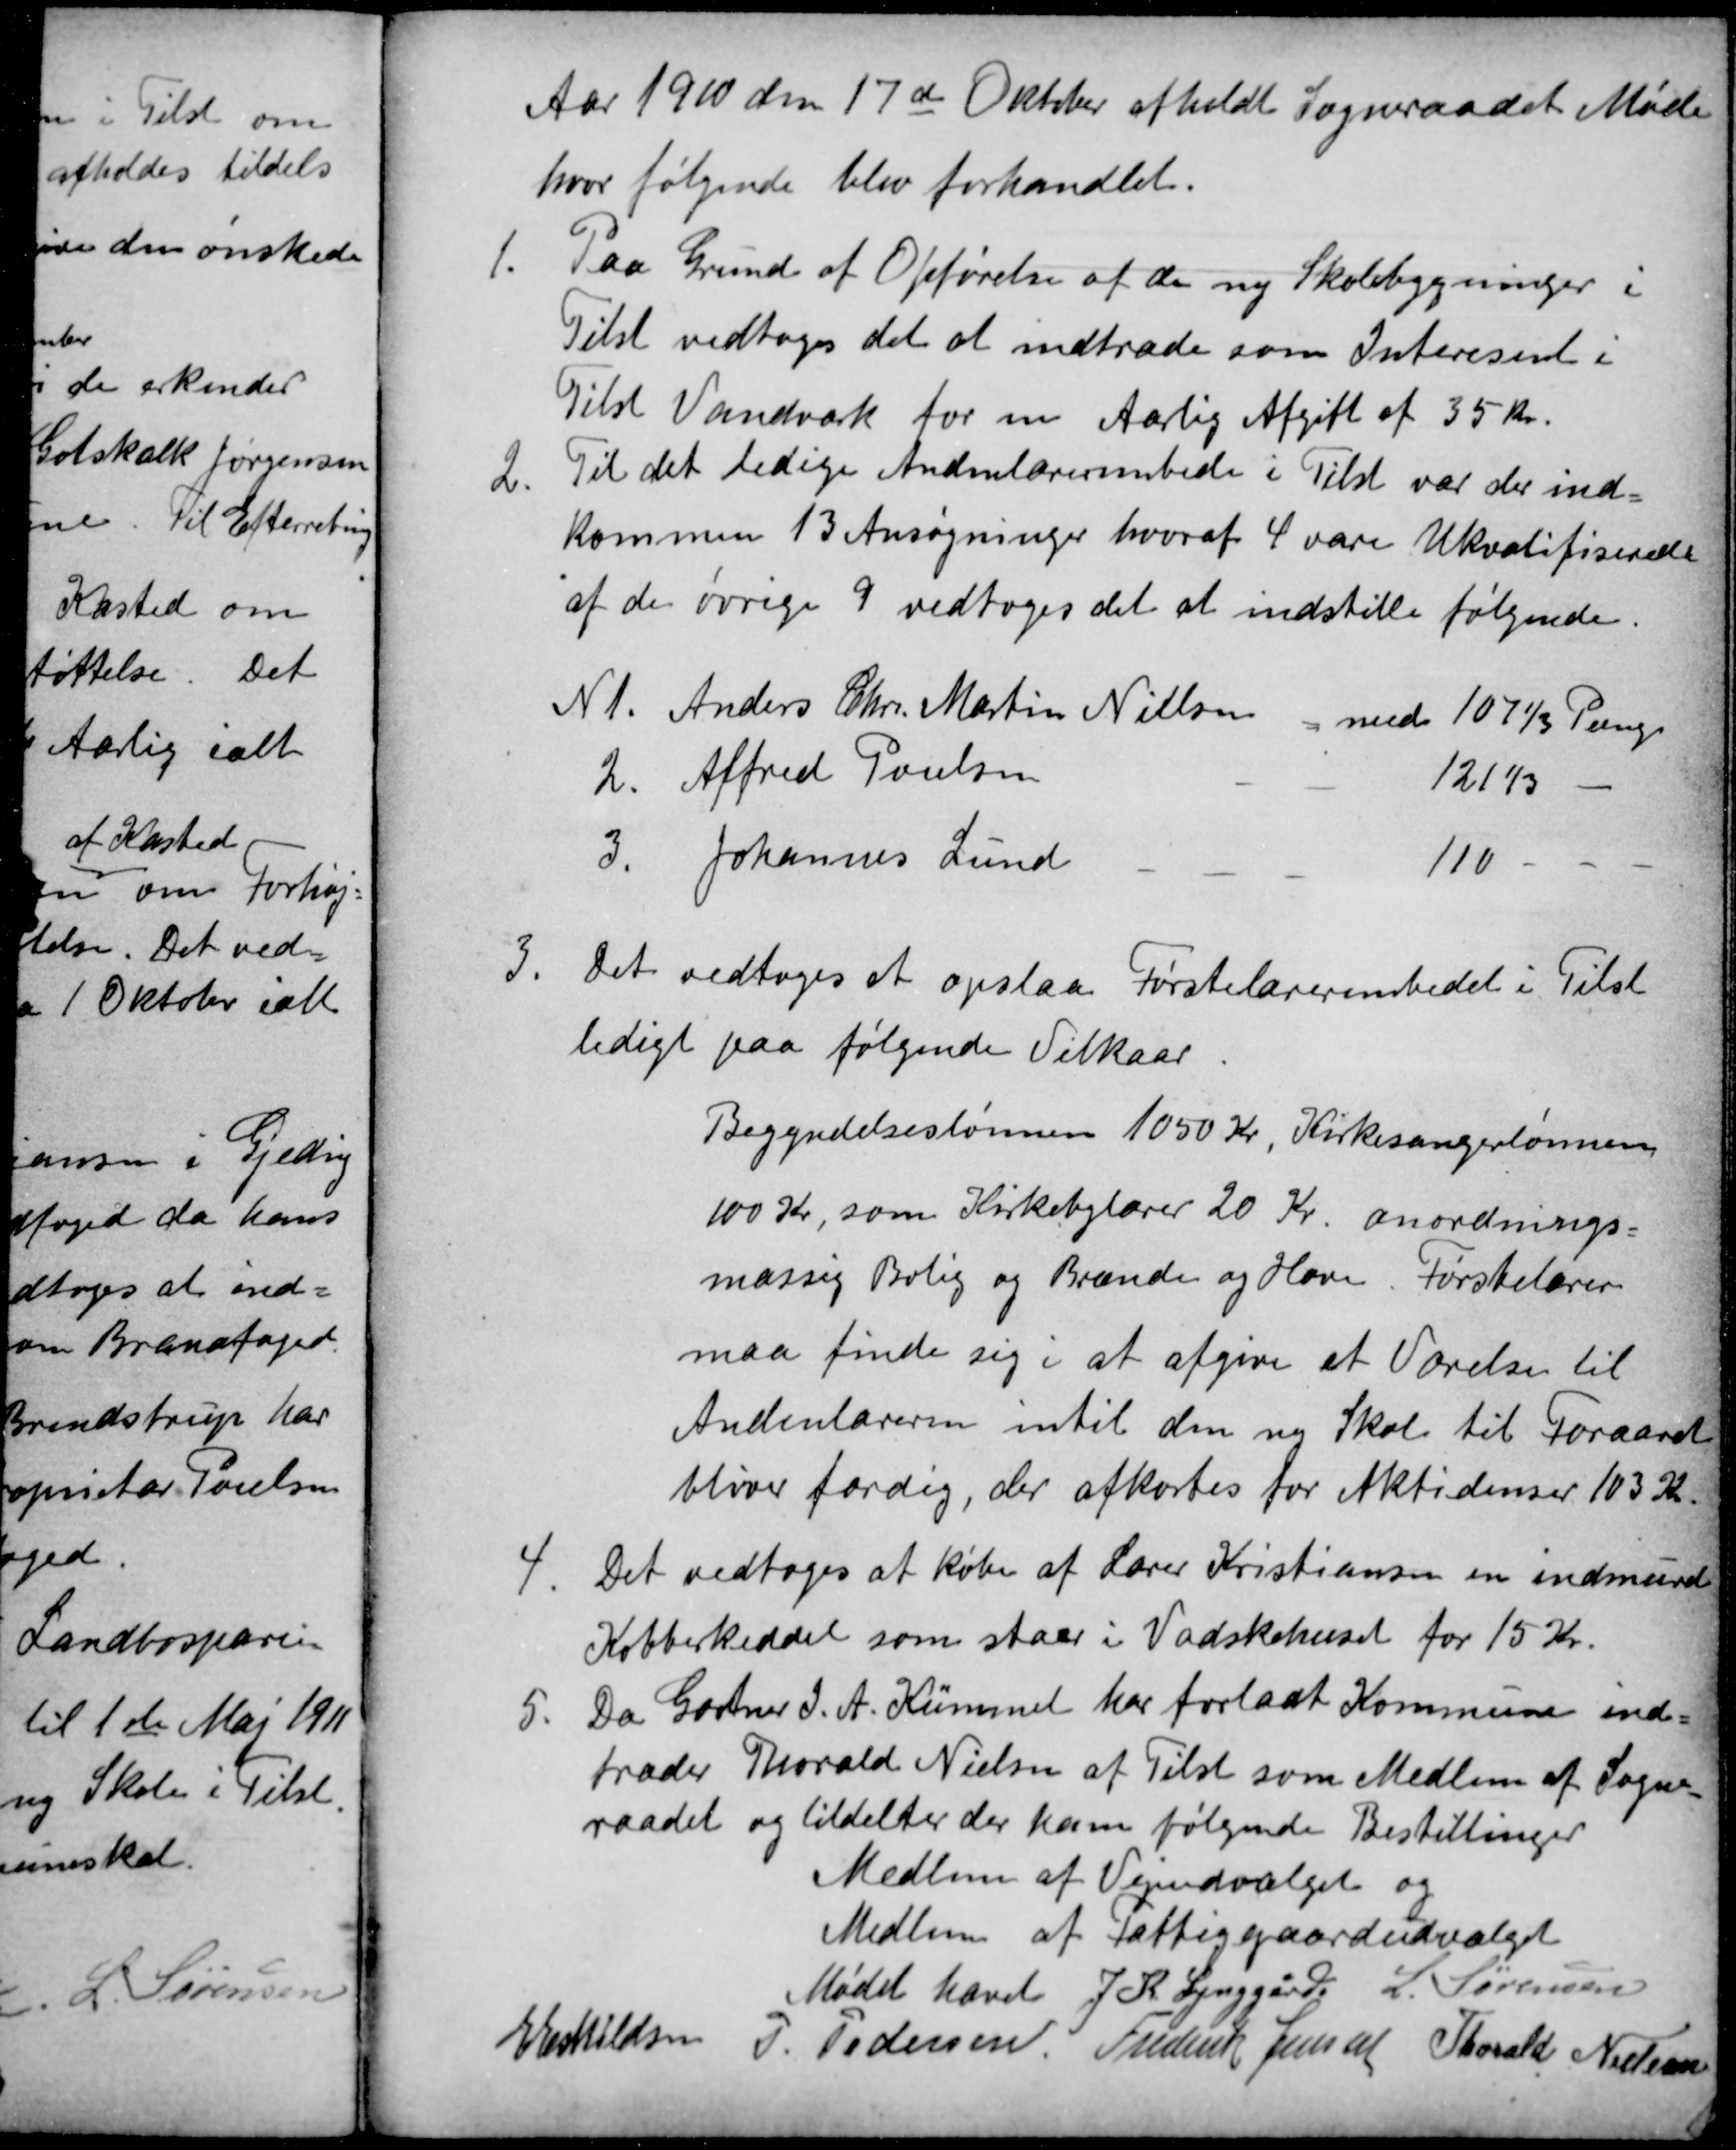
Transskription:
Aar 1910 den 17de Oktober afholdt Sogneraadet Møde
hvor følgende blev forhandlet.
1.
Paa Grund af Opførelsen af de ny Skolebygninger i
Tilst vedtoges det at indtræde som Interesent i
Tilst Vandværk for en Aarlig Afgift af 35 Kr.
2
Til det ledige Andenlærerembede i Tilst var der ind=
kommen 13 Ansøgninger hvoraf 4 vare Ukvalifiserede
af de øvrige 9 vedtoges det at indstille følgende.
N 1. Anders Chr. Martin Nielsen med 107⅓ Penge
2. Alfred Poulsen
121⅓
3. Johannes Lund
110
3
Det vedtoges at opslaa Førstelærerembedet i Tilst
ledigt paa følgende Vilkaar
Begyndelseslønnen 1050 Kr. Kirkesangerlønnen
100 Kr, som Kirkebylærer 20 Kr. anordnings-
mæssig Bolig og Brænde og Have. Førstelærer
maa finde sig i at afgive et Værelse til
Andenlæreren intil den ny Skole til Foraaret
bliver færdig, der afkortes for Aktidenser 103 Kr.
4
Det vedtoges at købe af Lærer Kristiansen en indmuret
Kobberkeddel som staar i Vadskehuset for 15 Kr.
5
Da Gartner J. A. Kümmel har forladt Kommune ind=
træder Thorald Nielsen af Tilst som Medlem af Sogne
raadet og tildeltes der ham følgende Bestillinger
Medlem af Vejudvalget og
Medlem af Fattiggaardudvalget
Mødet hævet J. K. Lynggård L. Sørensen
E Eskildsen
P. Pedersen, Frederik Jensen Thorald Nielsen